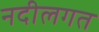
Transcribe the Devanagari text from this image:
नदीलगत